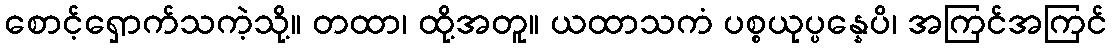
စောင့်ရှောက်သကဲ့သို့။ တထာ၊ ထို့အတူ။ ယထာသကံ ပစ္စယုပ္ပန္နေပိ၊ အကြင်အကြင်